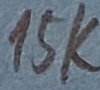
Text: 15K